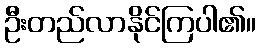
ဦးတည်လာနိုင်ကြပါ၏။